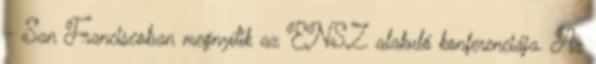
- San Franciscoban megnyílik az ENSZ alakuló konferenciája. Az